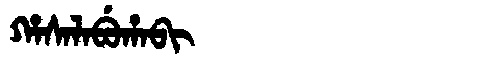
Manchu: ᡥᠠᠰᠠᠯᠠᠪᡠᡥᠠᠪᡳ
Romanization: HASALABUHABI